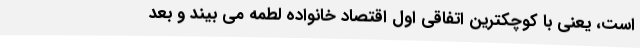
است، یعنی با کوچکترین اتفاقی اول اقتصاد خانواده لطمه می بیند و بعد